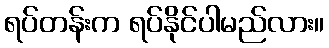
ရပ်တန်းက ရပ်နိုင်ပါမည်လား။